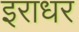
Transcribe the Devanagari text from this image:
इराधर